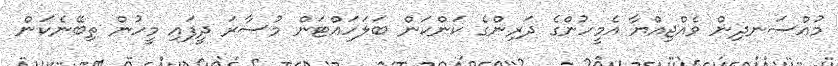
މުއްސަނދިން ވެއްޖިއްޔާ އެމީހުންގެ ދަރިންގެ ކަންކަން ބަލަހައްޓަން މުސާރަ ދީފައި މީހުން ތިބޭނެކަން